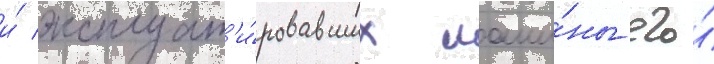
и́ эксплуат'и́ровавших маши́ны его́